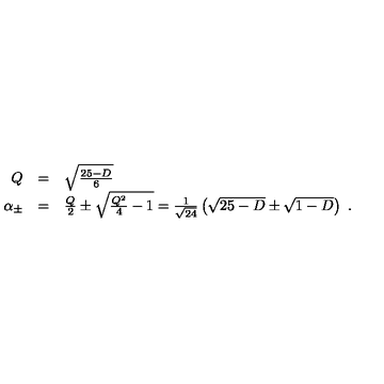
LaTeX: \begin{array} { r c l } { Q } & { = } & { \sqrt { \frac { 2 5 - D } { 6 } } } \\ { \alpha _ { \pm } } & { = } & { \frac { Q } { 2 } \pm \sqrt { \frac { Q ^ { 2 } } { 4 } - 1 } = \frac { 1 } { \sqrt { 2 4 } } \left( \sqrt { 2 5 - D } \pm \sqrt { 1 - D } \right) \ . } \\ \end{array}